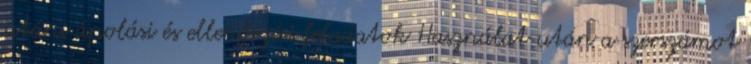
utáni ápolási és ellenőrzési feladatok Használat után a szerszámot